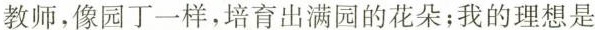
教师，像园丁一样，培育出满园的花朵；我的理想是